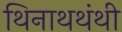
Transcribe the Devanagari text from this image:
थिनाथथंथी